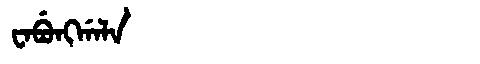
Manchu: ᠸᠠᠪᡠᠩᡤᠠᠯᠠ
Romanization: WABUNGGALA